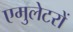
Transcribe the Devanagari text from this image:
एमुलेटरों